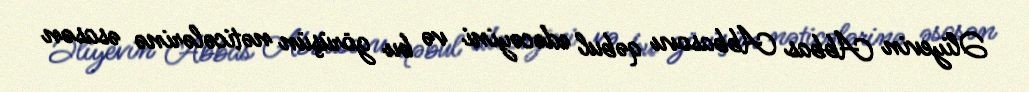
Əliyevin Abbas Abbasovu qəbul edəcəyini və bu görüşün nəticələrinə əsasən